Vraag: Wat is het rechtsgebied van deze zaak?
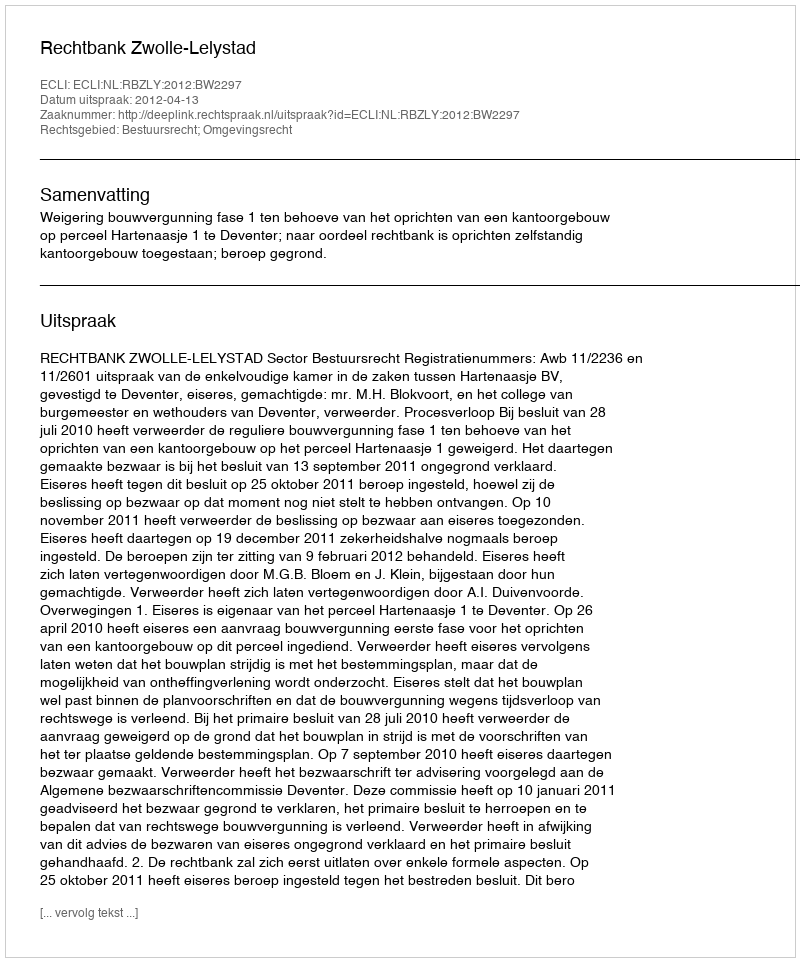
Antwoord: Bestuursrecht; Omgevingsrecht